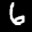
Label: 6